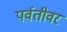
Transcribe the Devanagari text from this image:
पर्वतीवर